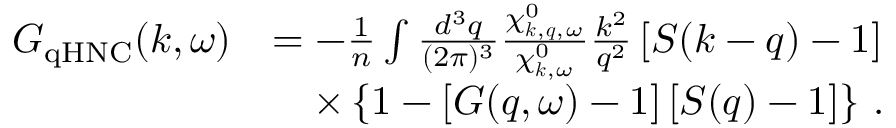
\begin{array} { r l } { G _ { \mathrm { q H N C } } ( \boldsymbol { k } , \omega ) } & { = - \frac { 1 } { n } \int \frac { d ^ { 3 } q } { ( 2 \pi ) ^ { 3 } } \frac { \chi _ { \boldsymbol { k } , \boldsymbol { q } , \omega } ^ { 0 } } { \chi _ { \boldsymbol { k } , \omega } ^ { 0 } } \frac { k ^ { 2 } } { q ^ { 2 } } \left[ S ( \boldsymbol { k } - \boldsymbol { q } ) - 1 \right] } \\ & { \quad \times \left\{ 1 - \left[ { G } ( \boldsymbol { q } , \omega ) - 1 \right] \left[ S ( \boldsymbol { q } ) - 1 \right] \right\} \, . } \end{array}